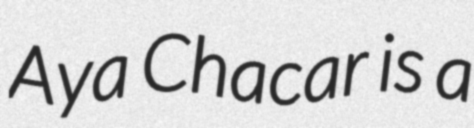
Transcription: Aya Chacar is a